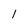
Character: l